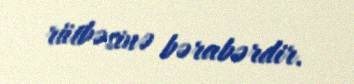
rütbəsinə bərabərdir.